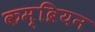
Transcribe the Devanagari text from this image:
कम्ब्रियन